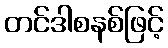
တင်ဒါစနစ်ဖြင့်